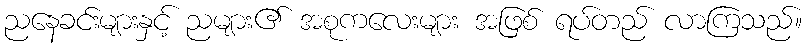
ညနေခင်းများနှင့် ညများ၏ အစုကလေးများ အဖြစ် ရပ်တည် လာကြသည်။